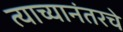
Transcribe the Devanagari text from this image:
त्याच्यानंतरचे